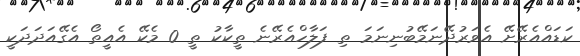
ކަޑައްއެރޭށޭ އެވަރުދޭނަމޭބުނިނަމަ ތި ފަލާހްއެރޭނެ ތީކާކު ތީ 0 މެކޭ އެއީތޯ އެގޭއަދަދަކީ